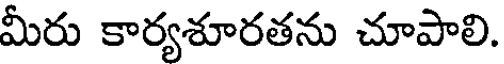
మీరు కార్యశూరతను చూపాలి.